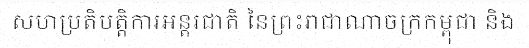
សហប្រតិបត្តិការអន្តរជាតិ នៃព្រះរាជាណាចក្រកម្ពុជា និង